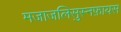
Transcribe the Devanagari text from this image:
मजाजलिसुस्नफ़ायस